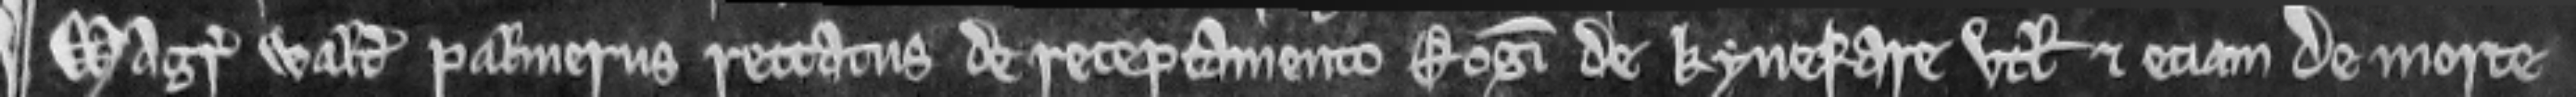
Magister Walterus palmerus rettatus de receptamento Rogeri de Kynefare utlagati et eciam de morte